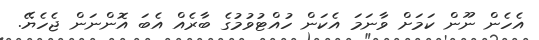
އެހެން ނޫން ކަމަށް ވާނަމަ އެކަން ހުއްޓުވުމުގެ ބާރެއް އެބަ އޮންނަން ޖެހެޔޭ.